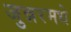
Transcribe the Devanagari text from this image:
जुन्नरमधे